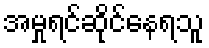
အမှုရင်ဆိုင်နေရသူ